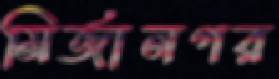
মির্জানগর